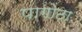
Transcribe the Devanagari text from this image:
पागोटा